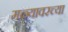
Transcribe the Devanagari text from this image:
मळ्यावरच्या